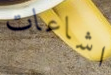
اشاعات